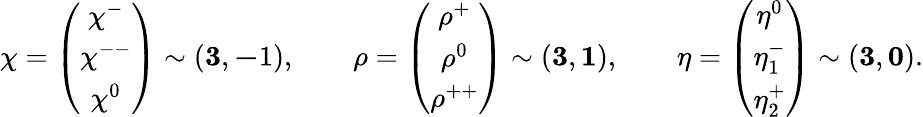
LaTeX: {\mathbf\chi}=\left(\begin{array}{c}{{\chi^{-}}}\\ {{\chi^{--}}}\\ {{\chi^{0}}}\end{array}\right)\sim\left({\mathbf 3},{\mathbf-1}\right),\qquad{\mathbf\rho}=\left(\begin{array}{c}{{\rho^{+}}}\\ {{\rho^{0}}}\\ {{\rho^{++}}}\end{array}\right)\sim\left({\mathbf 3},{\mathbf 1}\right),\qquad{\mathbf\eta}=\left(\begin{array}{c}{{\eta^{0}}}\\ {{\eta_{1}^{-}}}\\ {{\eta_{2}^{+}}}\end{array}\right)\sim\left({\mathbf 3},{\mathbf 0}\right).